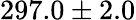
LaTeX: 297.0\pm 2.0